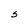
Character: S